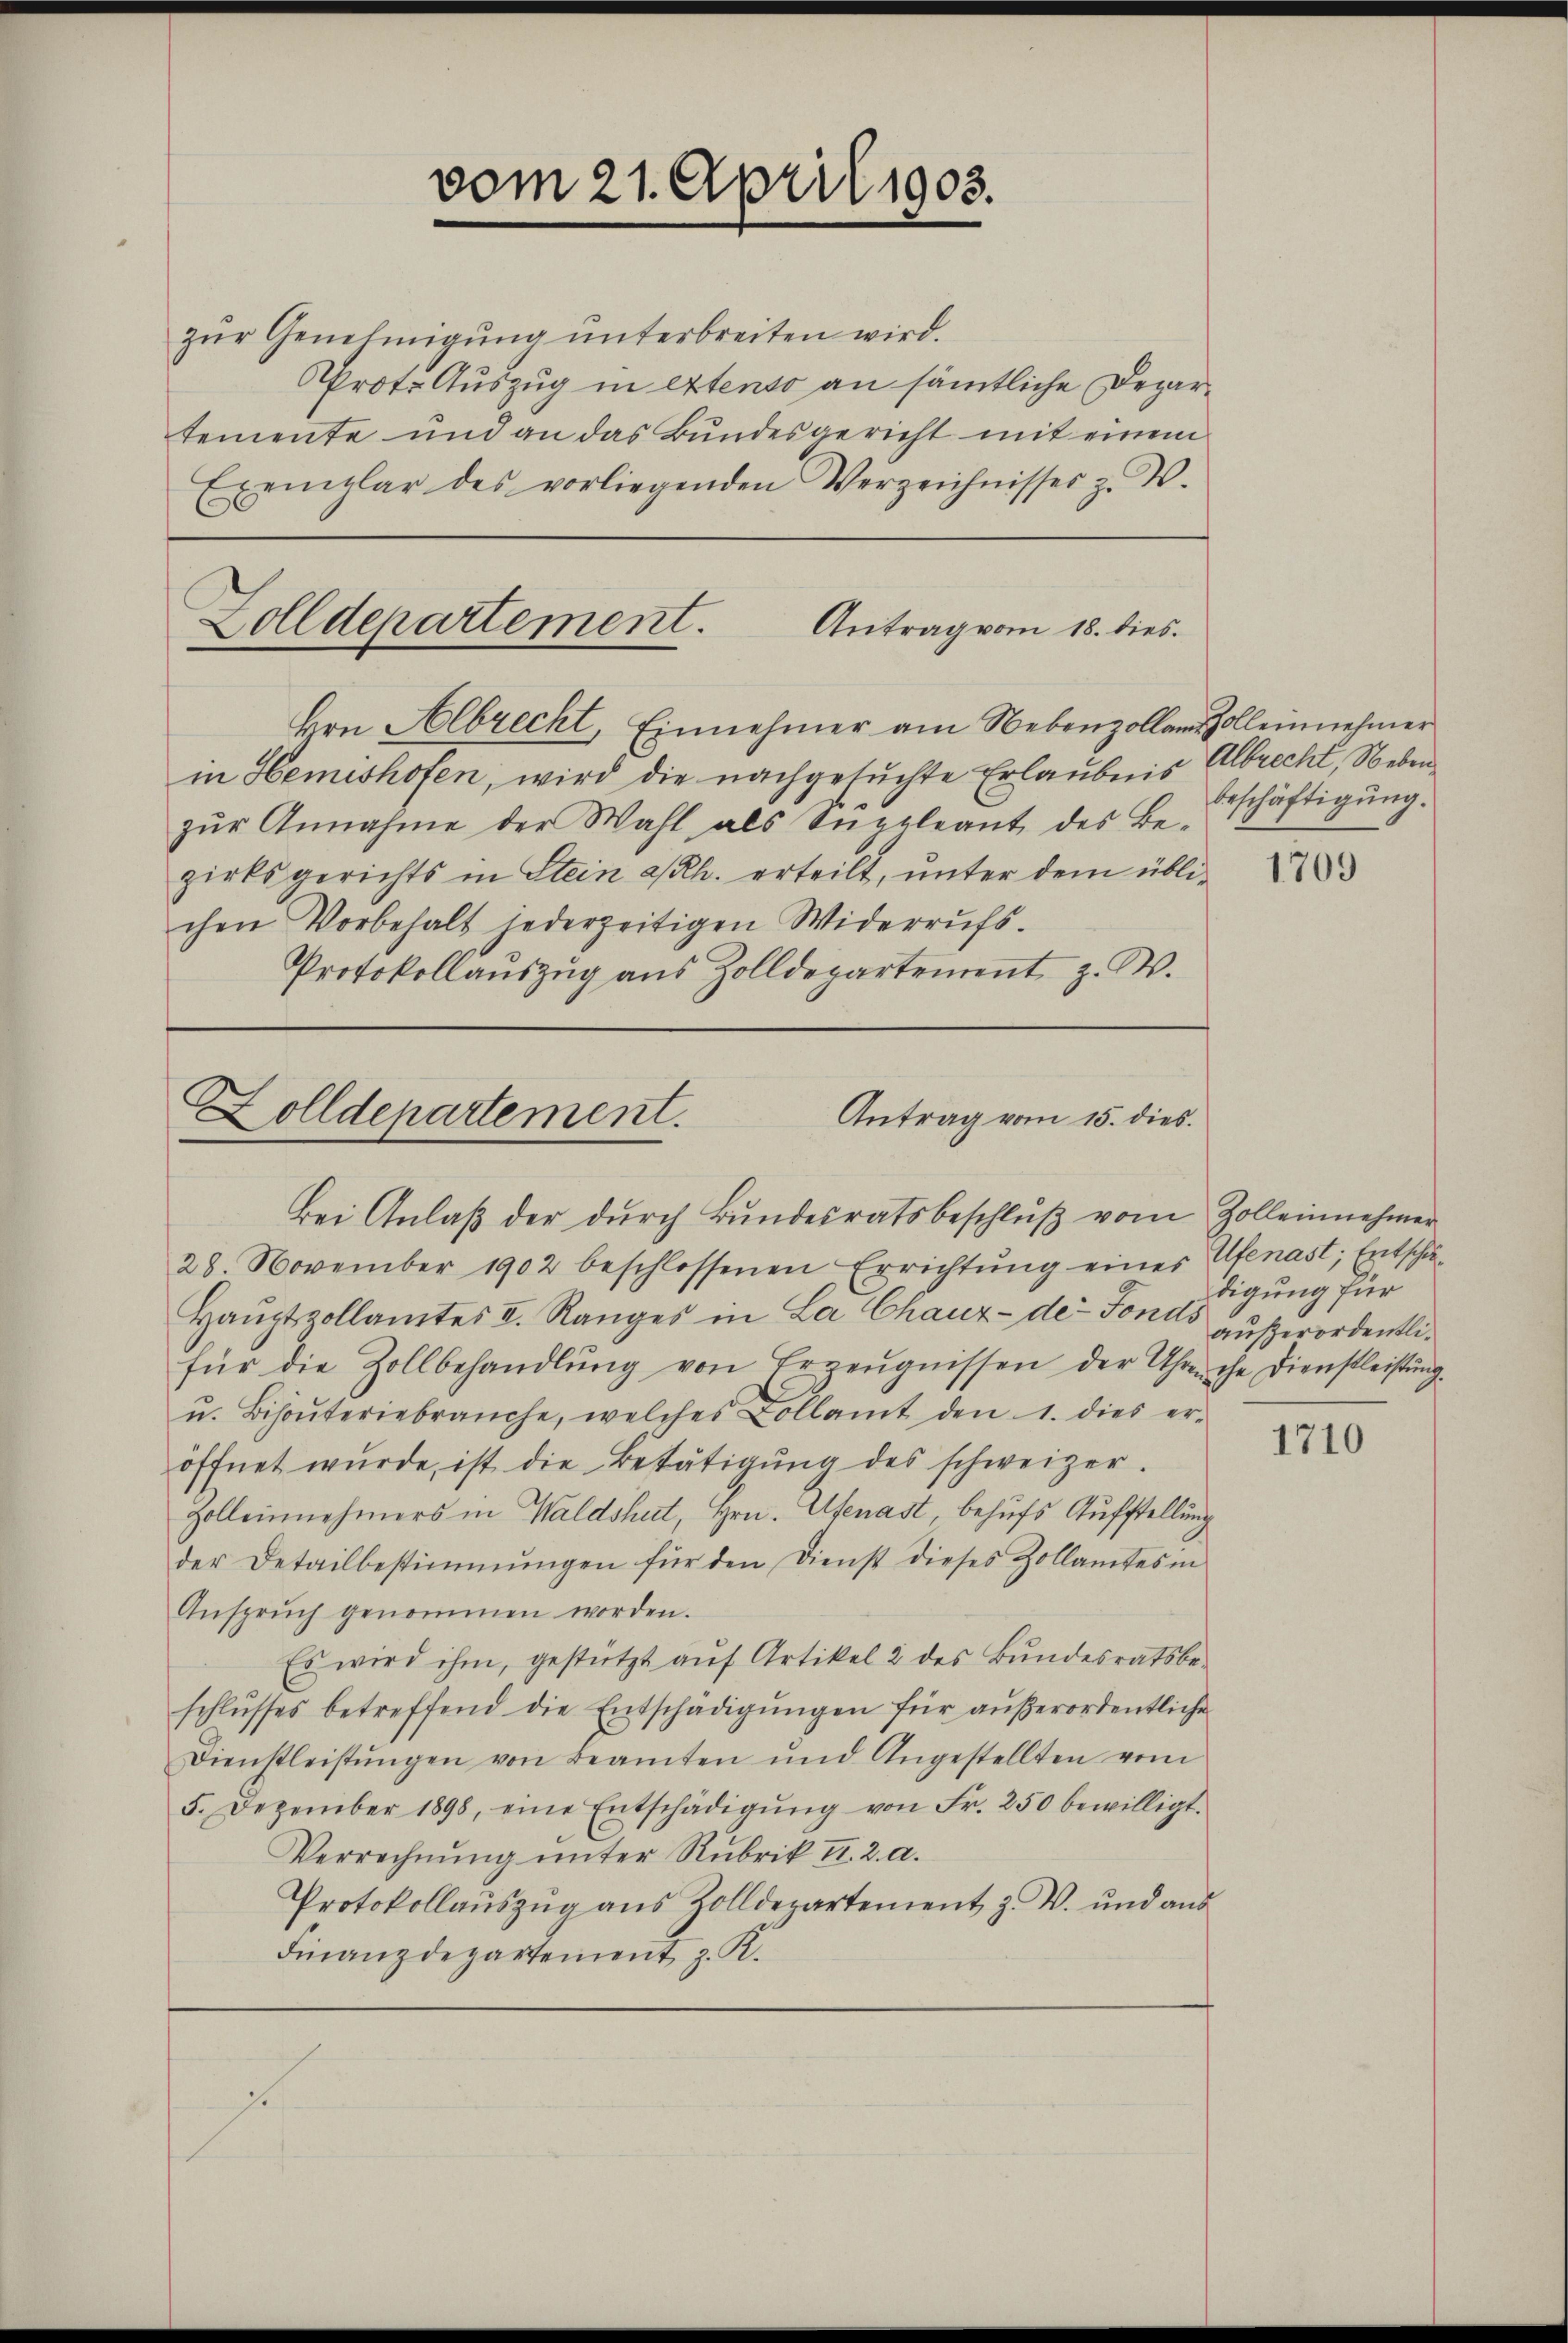
zur Genehmigung unterbreiten wird.
Prot. Auszug in extenso an sämtliche Departemente und an das Bundesgericht mit einem
Exemplar des vorliegenden Verzeichnisses z. W.

Zolldepartement. Antrag vom 18. dies
Hrn. Albrecht, Einnehmer am Nebenzolland Zolleinnehmer

in Hemishofen, wird die nachgesuchte Erlaubnis Albrecht, Neben
zŭr Annahme der Wahl als Suppleant des Be-
zirksgerichts in Stein a/Rh. erteilt, ŭnter dem übli-
chen Vorbehalt jederzeitigen Widerrufs-
Protokollaŭszŭg aŭs Zolldepartement z. W.

vom 21. April 1903.

Zolldepartement.
Antrag vom 15. dies.

Bei Anlaβ der dŭrch Bundesratsbeschlŭβ vom Zolleinehmer
28 November 1902 beschlossenen Errichtŭng eines Ufenast; Entschä¬
Haŭptzollamtes I. Ranges in La Chaux-de-Fonds außerordentlifür die Zollbehandlŭng von Erzeŭgnissen der Uhreche Dienstleistung.
u. Bisoŭteriebrauche, welches Kollamt den 1. dies er-
öffnet wurde, ist die Betätigung des schweizer.
Zolleinnehmers in Waldshut, Hrn. Ufenast, behufs Aufstellung
der Detailbestimmungen für den Dienst dieses Zollamtes in
Ansprŭch genommen worden.
Es wird ihm, gestützt auf Artikel 2 des Bundesratsbeschlŭsses betreffend die Entschädigŭngen für außerordentliche
Dienstleistŭngen von Beamten und Angestellten vom
5. Dezember 1898, eine Entschädigŭng von Fr. 250 bewilligt.
Verrechnung unter Rubrik II. 2. a.
Protokollauszug aus Zolldepartement z. W. und aus
Finanzdepartement, z. K.
se

beschäftigung.

1709

digung für

1710